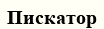
Пискатор